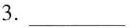
3.___